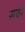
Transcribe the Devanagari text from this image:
सवेर्